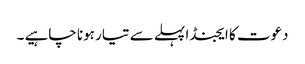
دعوت کا ایجنڈا پہلے سے تیار ہونا چاہیے ۔